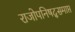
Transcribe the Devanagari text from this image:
राजोपनिषद्समाप्त